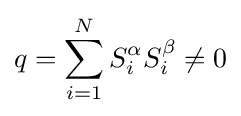
q=\sum _{i=1}^{N}S_{i}^{\alpha }S_{i}^{\beta }\neq 0